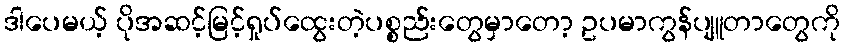
ဒါပေမယ့် ပိုအဆင့်မြင့်ရှုပ်ထွေးတဲ့ပစ္စည်းတွေမှာတော့ ဥပမာကွန်ပျူတာတွေကို